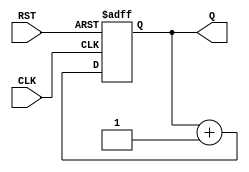
module async_reset_sync_counter #(
    parameter N = 4  // Define the width of the counter (number of bits)
)(
    input wire CLK,         // Clock input
    input wire RST,         // Asynchronous reset input
    output reg [N-1:0] Q    // Output counter value
);

    // Always block for the asynchronous reset and synchronous counting
    always @(posedge CLK or posedge RST) begin
        if (RST) begin
            Q <= 0;  // Reset the counter to 0 when RST is asserted
        end else begin
            Q <= Q + 1;  // Increment the counter on the rising edge of CLK
        end
    end

endmodule